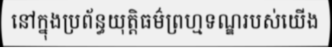
នៅក្នុងប្រព័ន្ធយុត្តិធម៌ព្រហ្មទណ្ឌរបស់យើង